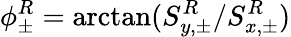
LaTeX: \phi_{\pm}^{R}=\arctan(S_{y,\pm}^{R}/S_{x,\pm}^{R})